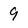
Character: 9